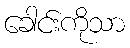
ခေါင်းကိုသာ